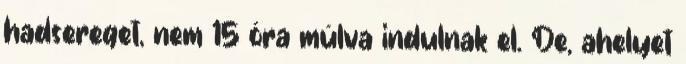
hadsereget, nem 15 óra múlva indulnak el. De, ahelyet